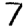
Digit: 7